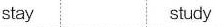
stay study